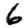
Digit: 6